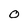
Character: O